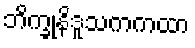
ဘိက္ခုနိဒူသကကထာ